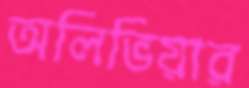
অলিভিয়ার